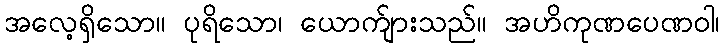
အလေ့ရှိသော။ ပုရိသော၊ ယောက်ျားသည်။ အဟိကုဏပေဏဝါ၊